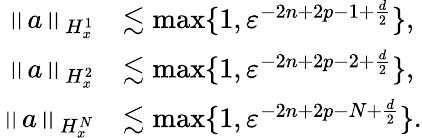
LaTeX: \begin{array}{rl}{\left\| a\right\| _{H_{x}^{1}}}&{\lesssim\operatorname*{max}\{ 1,\varepsilon^{-2n+2p-1+\frac{d}{2}}\} ,}\\ {\left\| a\right\| _{H_{x}^{2}}}&{\lesssim\operatorname*{max}\{ 1,\varepsilon^{-2n+2p-2+\frac{d}{2}}\} ,}\\ {\left\| a\right\| _{H_{x}^{N}}}&{\lesssim\operatorname*{max}\{ 1,\varepsilon^{-2n+2p-N+\frac{d}{2}}\} .}\end{array}